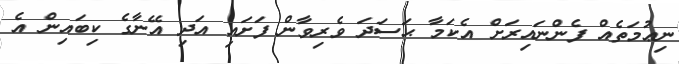
ނިޢުމަތެއް ފެންނައިރަށް އެކަމާ ޙަސަދަ ވެރިވާން ފަށައި އަދި އޭނާގެ ކިބައިން އެ